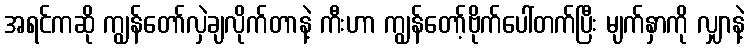
အရင်ကဆို ကျွန်တော်လှဲချလိုက်တာနဲ့ ကီးဟာ ကျွန်တော့်ဗိုက်ပေါ်တက်ပြီး မျက်နှာကို လျှာနဲ့